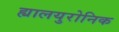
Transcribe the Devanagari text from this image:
ह्यालयुरोनिक